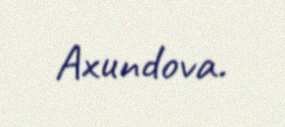
Axundova.